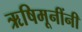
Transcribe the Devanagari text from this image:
ऋषिमूनींनी